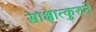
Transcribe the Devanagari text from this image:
साक्षात्कुरुते